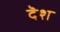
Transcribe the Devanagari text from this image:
दॆश